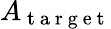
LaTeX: A_{\mathrm{~t~a~r~g~e~t~}}